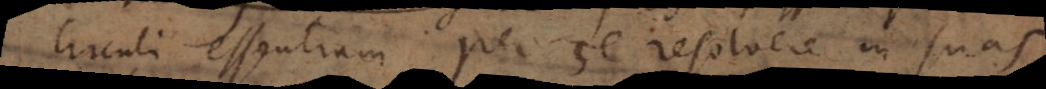
circuli essentiam per se resolvere in suas